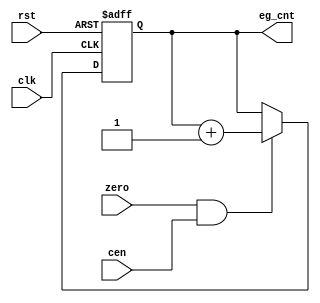
/*  This file is part of JTOPL.

	JTOPL is free software: you can redistribute it and/or modify
	it under the terms of the GNU General Public License as published by
	the Free Software Foundation, either version 3 of the License, or
	(at your option) any later version.

	JTOPL is distributed in the hope that it will be useful,
	but WITHOUT ANY WARRANTY; without even the implied warranty of
	MERCHANTABILITY or FITNESS FOR A PARTICULAR PURPOSE.  See the
	GNU General Public License for more details.

	You should have received a copy of the GNU General Public License
	along with JTOPL.  If not, see <http://www.gnu.org/licenses/>.

	Author: Jose Tejada Gomez. Twitter: @topapate
	Version: 1.0
    Date: 17-6-2020

	*/

module jtopl_eg_cnt(
	input wire            rst,
	input wire            clk,
	input wire            cen,
	input wire            zero,
	output reg [14:0] eg_cnt
);

always @(posedge clk, posedge rst) begin : envelope_counter
	if( rst ) begin
		eg_cnt		<=15'd0;
	end
	else begin
		if( zero && cen ) begin
			// envelope counter increases at each zero input
			// This is different from OPN/M where it increased
			// once every three zero inputs
			eg_cnt <= eg_cnt + 1'b1;
		end
	end
end

endmodule